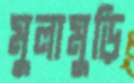
মুলামুড়ি